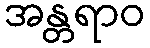
အန္တရာဝ